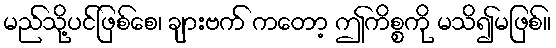
မည်သို့ပင်ဖြစ်စေ၊ ချားဗက် ကတော့ ဤကိစ္စကို မသိ၍မဖြစ်။